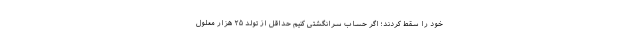
خود را سقط کردند؛ اگر حساب سرانگشتی کنیم حداقل از تولد ۲۵ هزار معلول